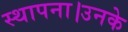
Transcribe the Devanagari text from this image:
स्थापना।उनके